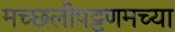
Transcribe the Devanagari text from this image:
मच्छलीपट्टणमच्या